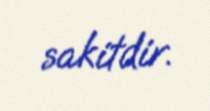
sakitdir.